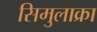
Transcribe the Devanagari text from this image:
सिमुलाक्रा